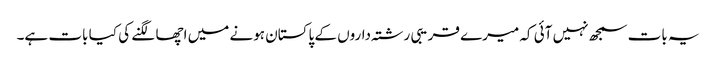
یہ بات سمجھ نہیں آئی کہ میرے قریبی رشتہ‌داروں کے پاکستان ہونے میں اچھا لگنے کی کیا بات ہے۔